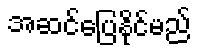
အဆင်ပြေနိုင်မည်